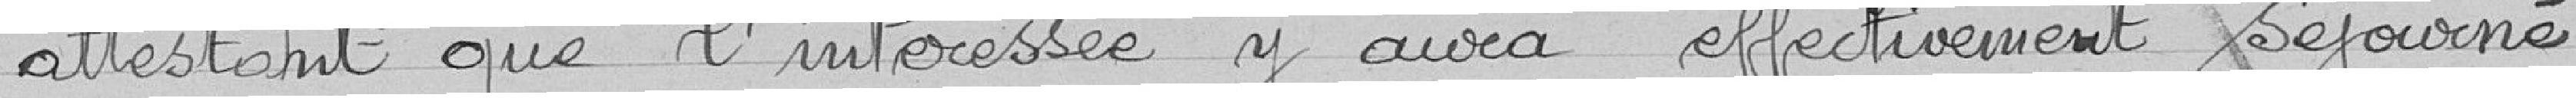
attestant que l'intéressée y aura effectivement séjourné.